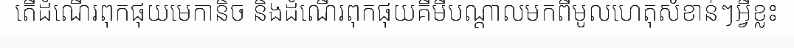
តើដំណើរពុកផុយមេកានិច និងដំណើរពុកផុយគីមីបណ្តាលមកពីមូលហេតុសំខាន់ៗអ្វីខ្លះ